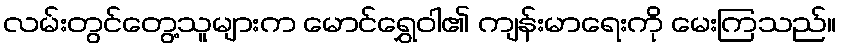
လမ်းတွင်တွေ့သူများက မောင်ရွှေဝါ၏ ကျန်းမာရေးကို မေးကြသည်။